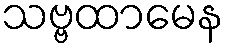
သဗ္ဗထာမေန